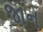
જાન